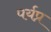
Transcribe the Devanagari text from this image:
पर्यप्र